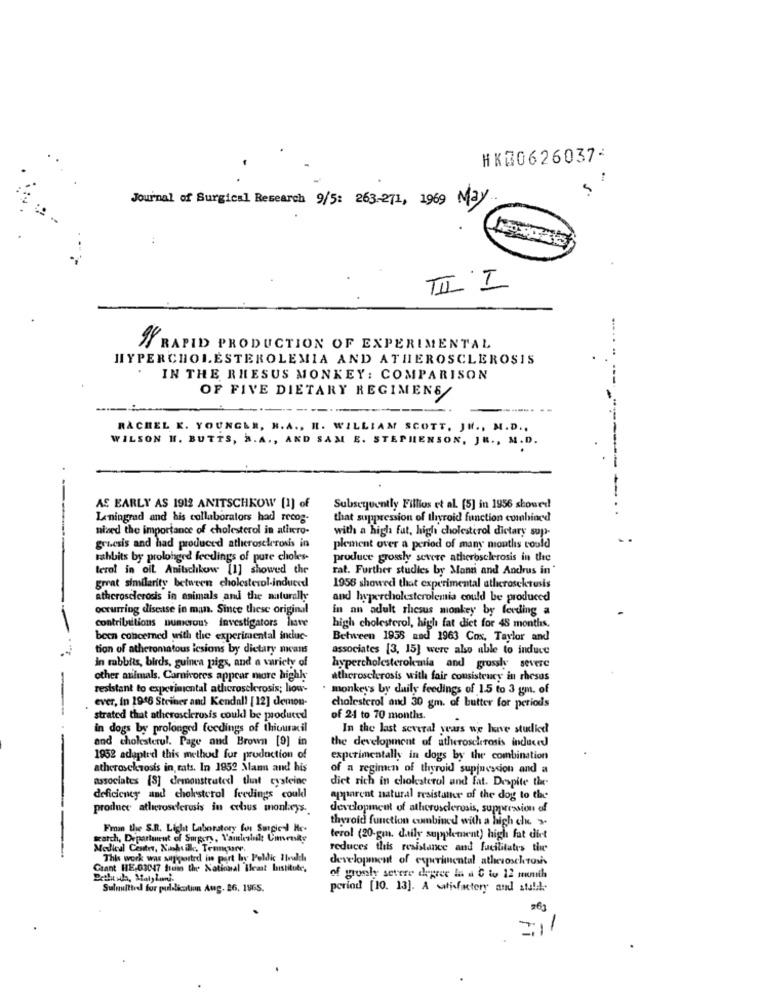
HK00626037-
Journal of Surgical Research 9/5: 263-271, 1969 May
TII I
RAPID PRODUCTION OF EXPERIMENTAL
HYPERCHOLESTEROLEMIA AND ATHEROSCLEROSIS
IN THE RHESUS MONKEY : COMPARISON
OF FIVE DIETARY REGIMENS
---
RACHEL K. YOUNGER, N. A ., H. WILLIAM SCOTT, JN ., M.D .,
WILSON H. BUTTS, B. A ., AND SAM E. STEPHENSON, JE ., M.D.
AS EARLY AS 1912 ANITSCHKOW [1] of
Subsequently Fillios et al. [5] in 1956 showed
------..
Leningrad and his collaborators had recog-
that suppression of thyroid function combined
nized the importance of cholesterol in allro-
with a high fut, high cholesterol dictary sup-
gruesis and had produced atherosclerosis in
plement over a period of many months could
rabbits by prolonged feedings of pure choles-
produce grossly severe atherosclerosis in the
terol in oil Anitschkow [1] showed the
rat. Further studies by Mann and Andrus in '
great similarity between cholesterol-induced
1956 showed that experimental atherosckrusis
atherosclerosis in animals and the naturally
and hypercholesterolemia could be produced
occurring disease in man. Since these original
in an adult rhesus monkey by feeding a
contributions numerous investigators liave
high cholesterol, high fat diet for 48 months.
been concerned with the experimental indue-
Between 1958 and 1963 Cox, Taylor and
tion of atheromatous icsions by dietary means
associates [3, 15] were also able to induce
in rabbits, birds, guinea pigs, and a variety of
hypercholesterolemia and grossly severe
other animals. Carnivores appear more highly
atherosclerosis with fair consistency in rhesus
resistant to experimental atherosclerosis; liou-
monkey's by daily feedings of 1.5 to 3 gm. of
ever, in 1946 Steiner and Kendall [12] demon-
cholesterol and 30 gm. of butter for periods
strated that atherosclerosis could be produced
of 24 to 70 months.
in dogs by prolonged foedings of thiouracil
In the last several years we have studied
and cholesterul. Page and Brown [9] in
the development of atherosclerosis induced
1952 adapted this method for production of
experimentally in dogs by the combination
atheroschaosis in rats. In 1952 Man and his
of a regimen of thyroid suppression and a
associates [8] demonstrated that cysteine
dict rich in cholesterol and fat. Despite the
deficiency and cholesterol feedings could
apparent natural resistatter of the dog to the
produce atlucroselerusis in crbus monlarys ..
development of atherosclerosis, suppression of
thyroid function combined with a high che >
Fman the S.R. Licht Laboratory for Surgical He-
watch, Department of Surgery, Yanicall Comensky
terol (20-gm. daily supplement) high fat diet
------
Medical Center, Xinhtill, Temnoury,
reduces this resistance and facilitates the
This work was sapsostrd in part by Politic 7trvalche
development of eyurimental atheroschronis
Grant HE-03047 from the National Ileast bistitute,
of gronly severe degree lu a C to 12 month
Sulmitted for pul-lication Aug. 26. 1965.
period [10. 13]. A satisfactory and still
#63
-